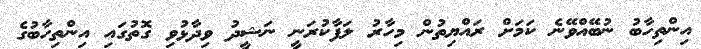
އިންތިހާބު ނުބޭއްވޭނެ ކަމަށް ރައްޔިތުން މިހާރު ލަފާކުރަނީ ނަޝީދު ވިދާޅުވި ގޮތުގައި އިންތިހާބުގެ